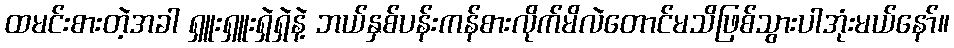
ထမင်းစားတဲ့အခါ ရှူးရှူးရှဲရှဲနဲ့ ဘယ်နှစ်ပန်းကန်စားလိုက်မိလဲတောင်မသိဖြစ်သွားပါအုံးမယ်နော်။